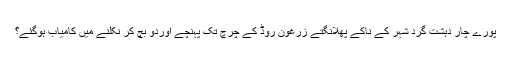
پورے چار دہشت گرد شہر کے ناکے پھلانگتے زرغون روڈ کے چرچ تک پہنچے اوردو بچ کر نکلنے میں کامیاب ہوگئے؟